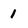
Character: 1